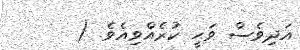
އަދިވެސް ވަޙީ ކުރެއްވިއެވެ. (